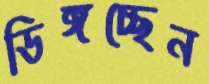
ডিঙ্গচ্ছেন